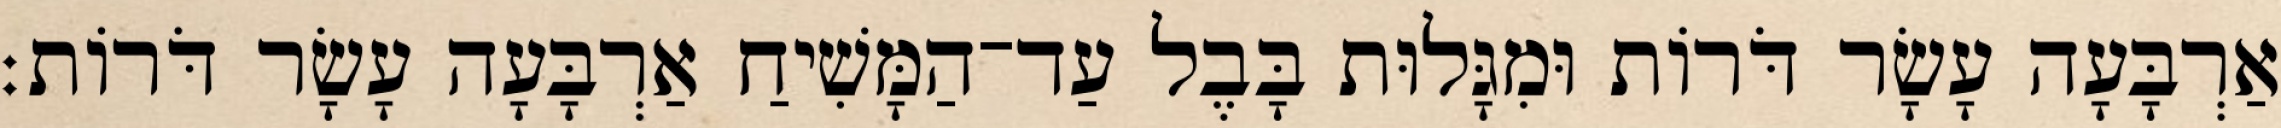
אַרְבָּעָה עָשָׂר דֹּרוֹת וּמִגָּלוּת בָּבֶל עַד־הַמָּשִׁיחַ אַרְבָּעָה עָשָׂר דֹּרוֹת׃